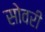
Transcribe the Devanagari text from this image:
सोवरी